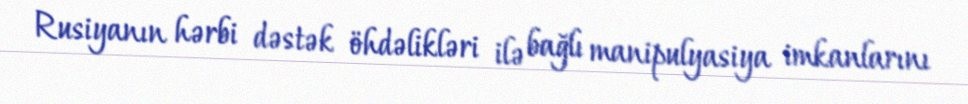
Rusiyanın hərbi dəstək öhdəlikləri ilə bağlı manipulyasiya imkanlarını